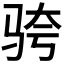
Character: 𬳹